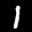
Label: 1